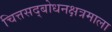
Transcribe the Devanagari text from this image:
चित्तसद्बोधनक्षत्रमाला